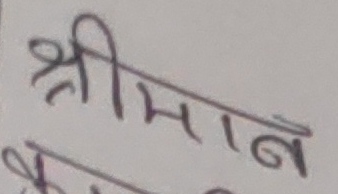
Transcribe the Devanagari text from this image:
श्रीमान